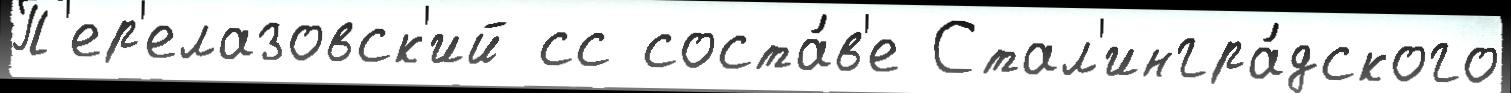
П'ер'елазовск'ий сс соста́в'е Стал'ингра́дского